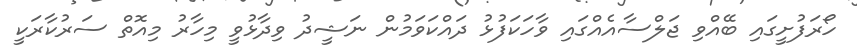
ހޯރަފުށީގައި ބޭއްވި ޖަލްސާއެއްގައި ވާހަކަފުޅު ދައްކަވަމުން ނަޝީދު ވިދާޅުވީ މިހާރު މިއޮތް ސަރުކާރަކީ